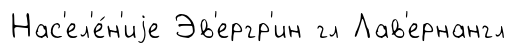
Нас'ел'е́н'иjе Эв'ергр'ин гл Лав'ернангл